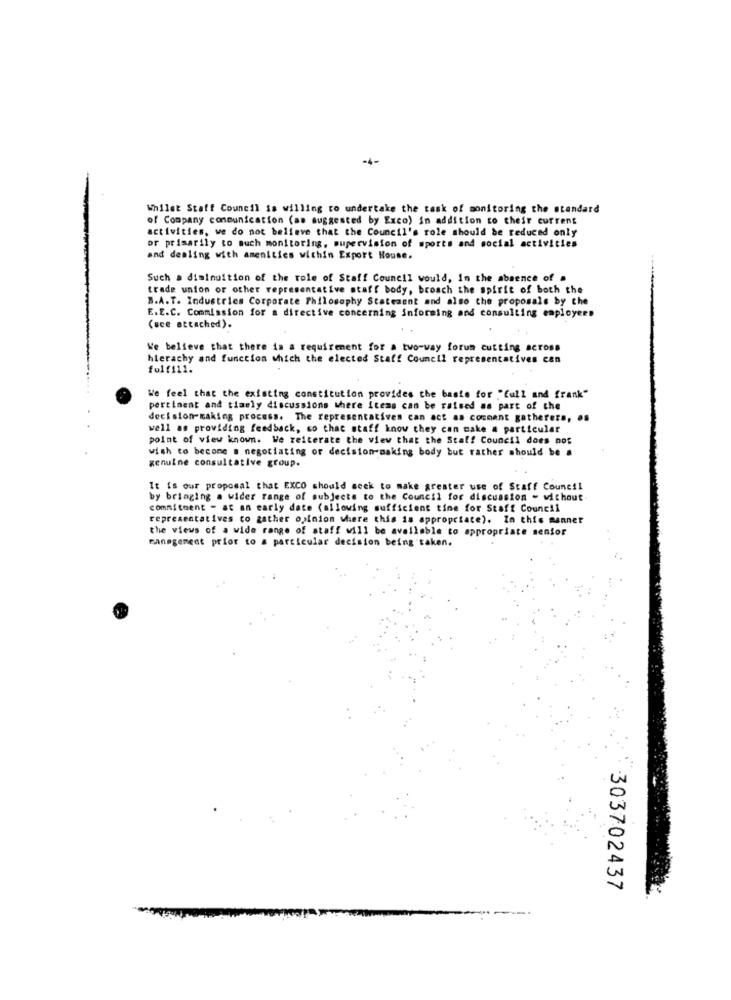
-4-
Whilst Staff Council is willing to undertake the task of monitoring the standard
of Company communication (as suggested by Exco) in addition to their current
activities, we do not believe that the Council's role should be reduced only
or primarily to much monitoring, supervision of sports and social activities
and dealing with amenities within Export House.
Such a diminuition of the role of Staff Council would, In the absence of .
trade union or other representative staff body, brosch the spirit of both the
B.A.T. Industries Corporate Philosophy Statement and also the proposals by the
E.E.C. Commission for a directive concerning informing and consulting employers
(see attached).
We believe that there is a requirement for a two-way forum cutting across
hierachy and function which the elected Staff Council representatives can
folf111.
We feel that the existing constitution provides the basis for "full and frank"
pertinent and timely discussions where items can be raised as part of che
decision-making process. The representatives can act as comment gatherers, . s
well as providing feedback, so that staff know they can make a particular
point of view known. We reiterate the view that the Stal! Council does not
wish to become a negotiating or decision-making body but rather should be a
genuine consultative group.
It is our proposal that EXCO should seek to make grester use of Staff Council
by bringing a wider range of subjects to the Council for discussion - without
commitment - at an early date (allowing sufficient tine for Staff Council
representatives to gather opinion where this is appropriate). In this manner
the views of a wide range of staff will be available to appropriate senior
management prior to a particular decision being taken.
303702437